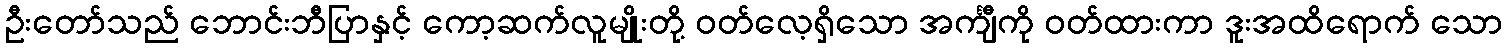
ဦးတော်သည် ဘောင်းဘီပြာနှင့် ကော့ဆက်လူမျိုးတို့ ဝတ်လေ့ရှိသော အင်္ကျီကို ဝတ်ထားကာ ဒူးအထိရောက် သော